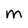
Character: M